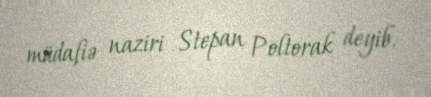
müdafiə naziri Stepan Poltorak deyib.